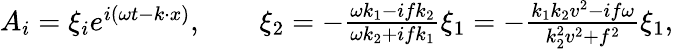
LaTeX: \begin{array}{r}{A_{i}=\xi_{i}e^{i(\omega t-k\cdot x)},\qquad\xi_{2}=-\frac{\omega k_{1}{-}ifk_{2}}{\omega k_{2}{+}ifk_{1}}\xi_{1}=-\frac{k_{1}k_{2}v^{2}{-}if\omega}{k_{2}^{2}v^{2}+f^{2}}\xi_{1},}\end{array}